Jaan_Tonisson_(Lasteleht), lk 292
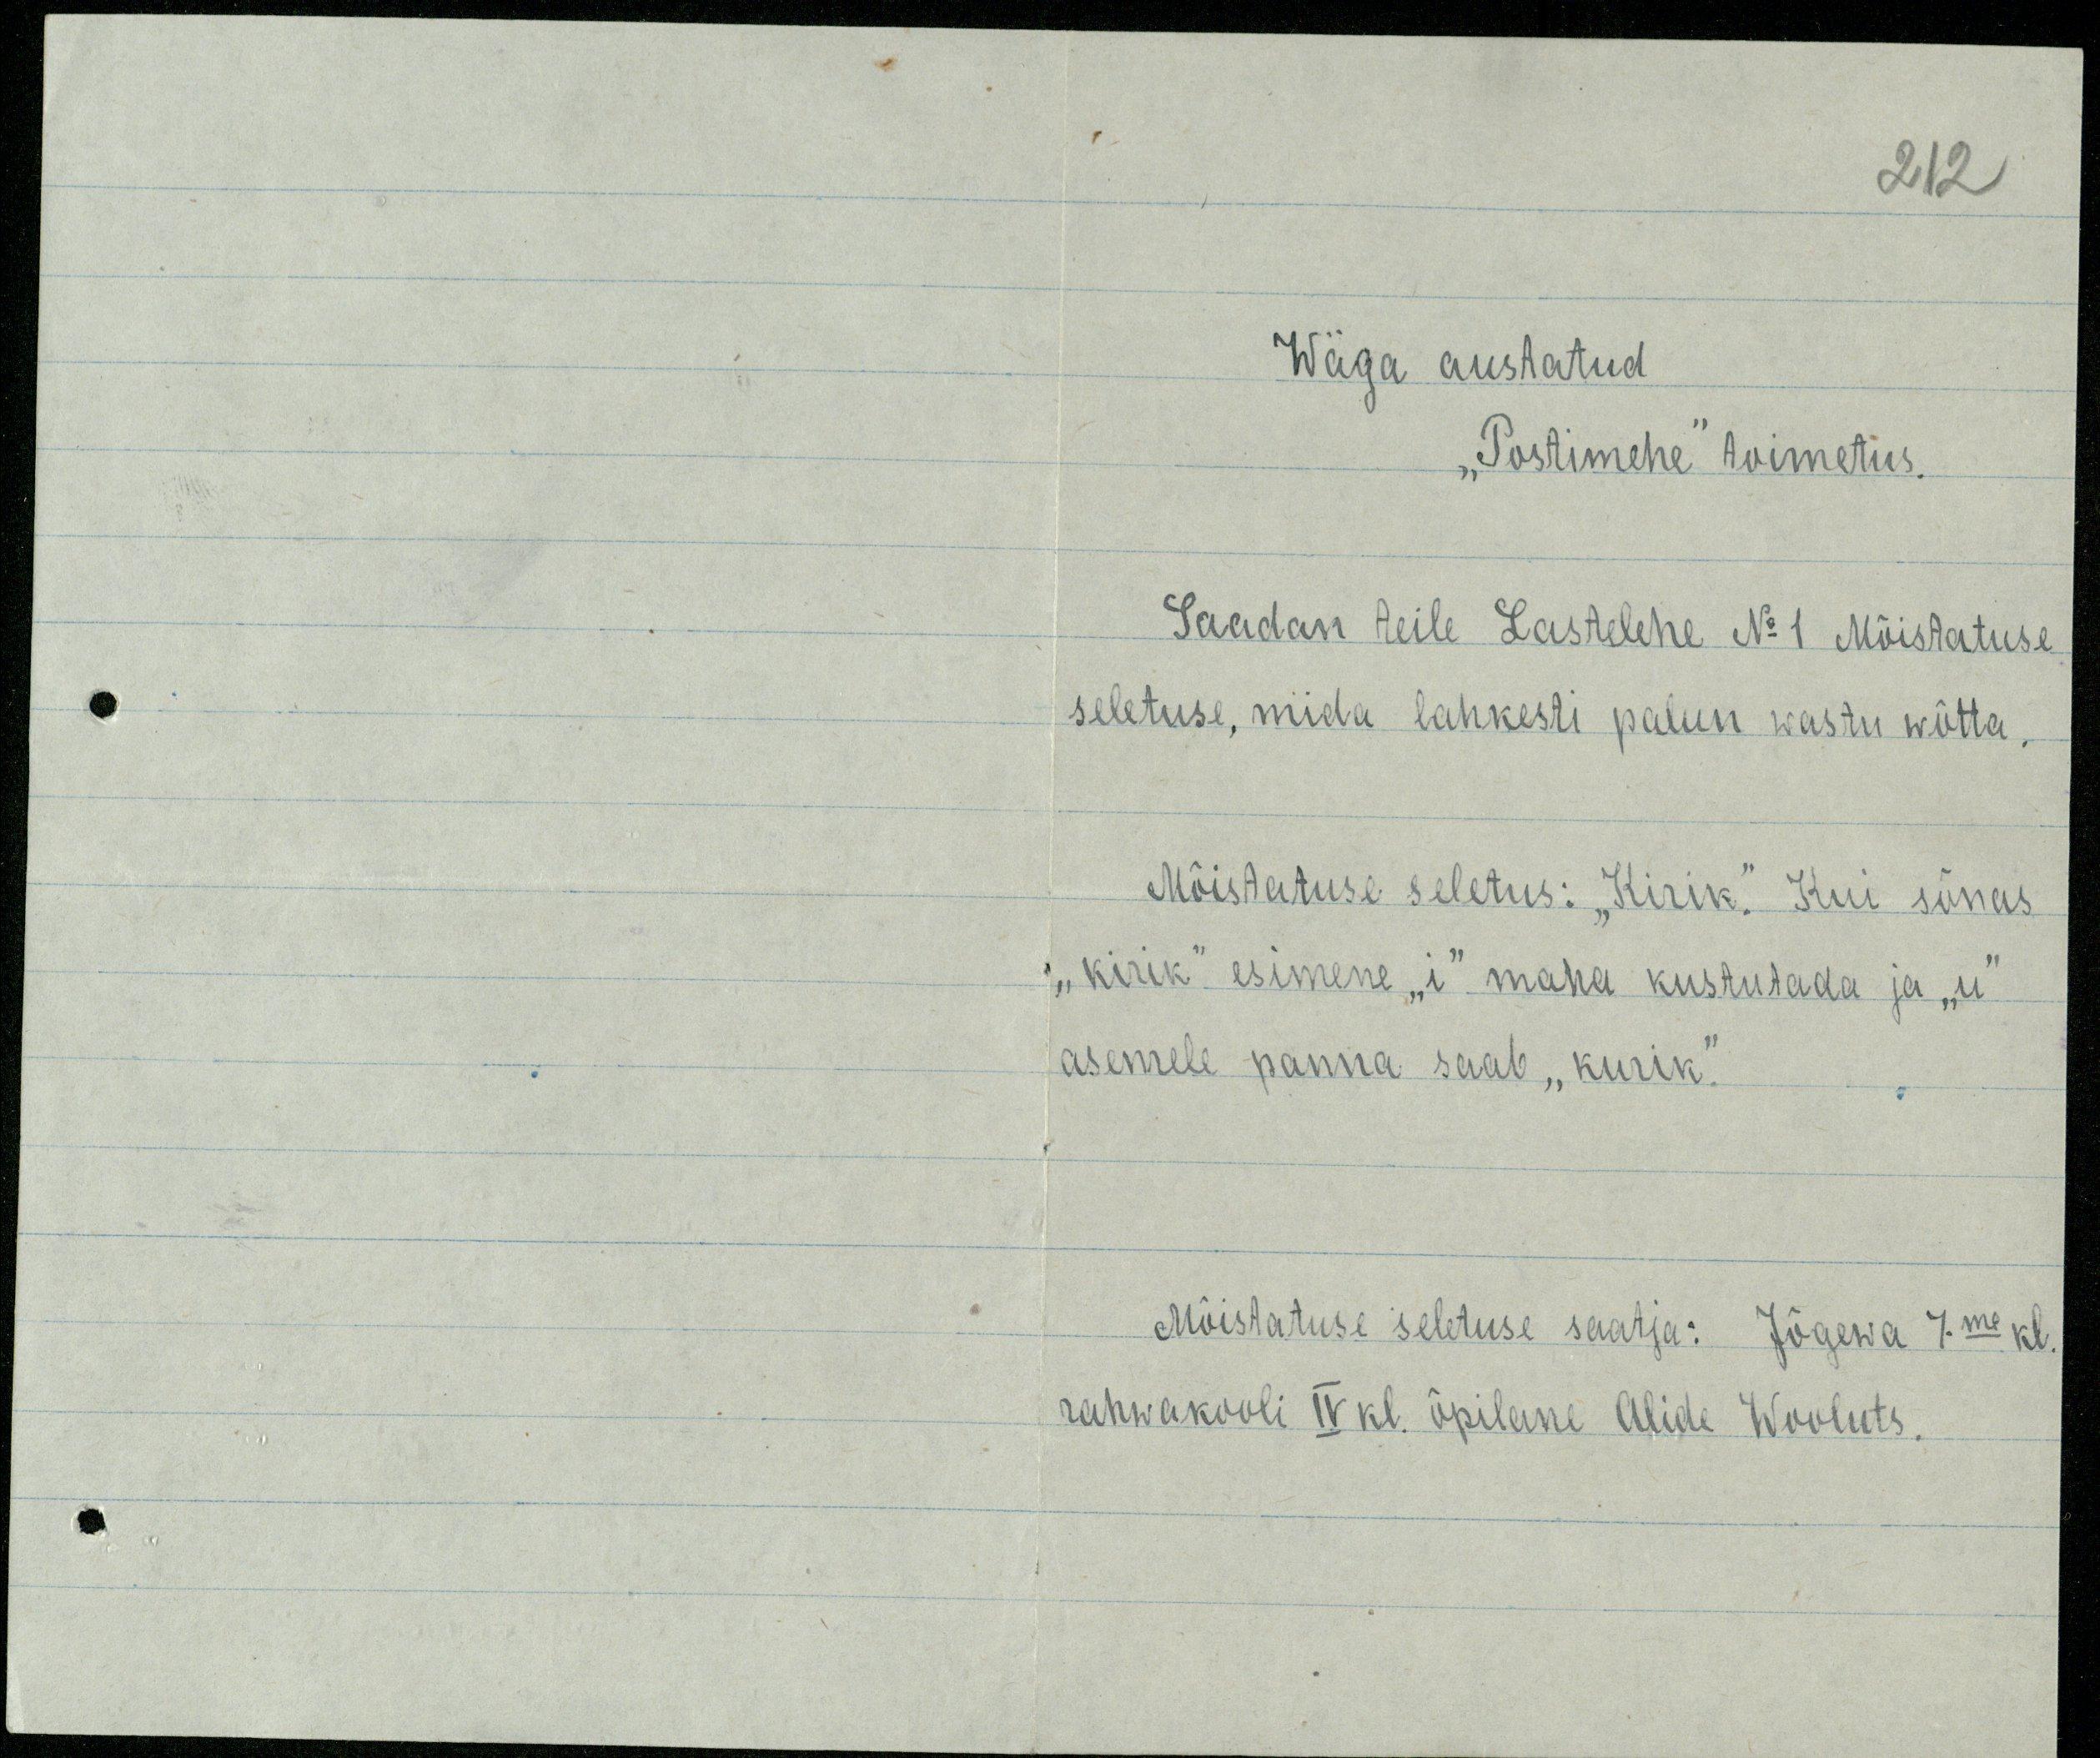
212
Wäga austatud
"Postimehe" toimetus.
Saadan teile Lastelehe No 1 Mõistatuse
seletuse, mida lahkesti palun wastu wõtta.
Mõistatuse seletus: "Kirik." Kui sõnas
"kirik" esimene "i" maha kustutada ja "u"
asemele panna saab "kurik."
Mõistatuse seletuse saatja: Jõgewa 7-me kl.
rahwakooli IV kl. õpilane Alide Wooluts.